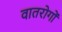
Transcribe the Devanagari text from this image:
वातरोगों